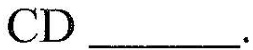
CD ___.